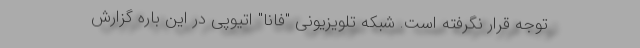
توجه قرار نگرفته است. شبکه تلویزیونی "فانا" اتیوپی در این باره گزارش